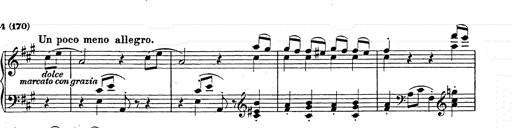
Title: Hungarian Rhapsody No.15
Composer: Franz Liszt
Key: A minor